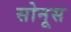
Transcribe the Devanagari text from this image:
सोनूस